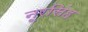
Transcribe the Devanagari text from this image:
नूरसिंह